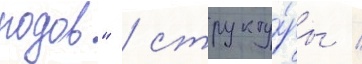
родов" / структу́ры /